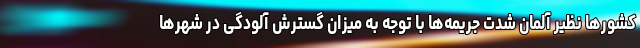
کشورها نظیر آلمان شدت جریمه‌ها با توجه به میزان گسترش آلودگی در شهرها